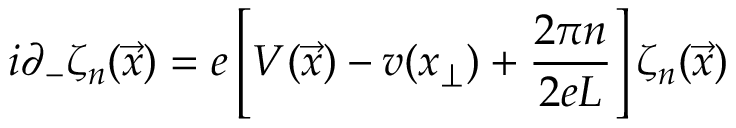
i \partial _ { - } \zeta _ { n } ( \vec { x } ) = e \left[ V ( \vec { x } ) - v ( x _ { \perp } ) + \frac { 2 \pi n } { 2 e L } \right] \zeta _ { n } ( \vec { x } )